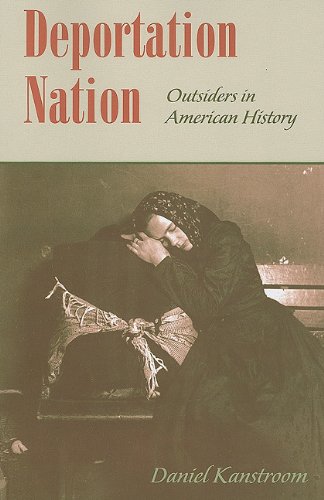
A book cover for Deportation Nation: Outsiders in American History; Daniel Kanstroom; Law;